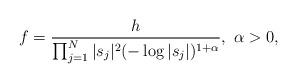
LaTeX: \begin{align*}f = \frac{h}{\prod_{j=1}^N \vert s_j\vert^2 (-\log \vert s_j\vert)^{1+\alpha}}, \ \alpha>0,\end{align*}